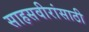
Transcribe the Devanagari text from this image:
साहसवीरांसाठी